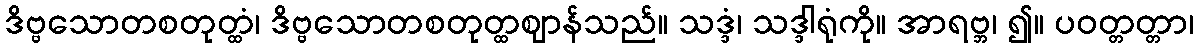
ဒိဗ္ဗသောတစတုတ္ထံ၊ ဒိဗ္ဗသောတစတုတ္ထဈာန်သည်။ သဒ္ဒံ၊ သဒ္ဒါရုံကို။ အာရဗ္ဘ၊ ၍။ ပဝတ္တတ္တာ၊